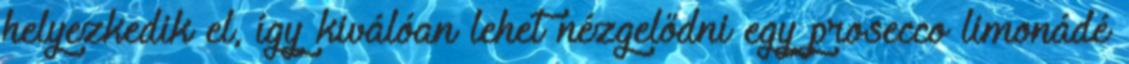
helyezkedik el, így kiválóan lehet nézgelődni egy prosecco limonádé